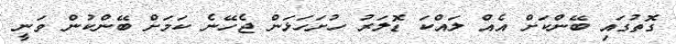
ގޮތުގައި ބޭންކަށް އެއް ލައްކަ ޑޮލަރު ހުށަހަޅަން ޖެހޭނެ ކަމަށް ބޭންކުން ވަނީ